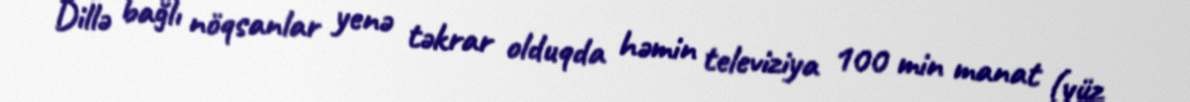
Dillə bağlı nöqsanlar yenə təkrar olduqda həmin televiziya 100 min manat (yüz